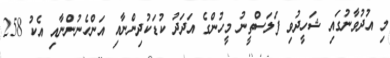
މި އުދުވާނުގައި ޝަހީދުވި ފަލަސްތީނު މީހުންގެ އަދަދު ކުޑަކުދިންނާއި އަންހެނުންނާއި އެކު 258